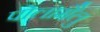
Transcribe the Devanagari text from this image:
पोलामैलु